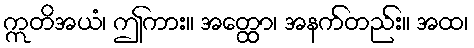
ဣတိအယံ၊ ဤကား။ အတ္ထော၊ အနက်တည်း။ အထ၊